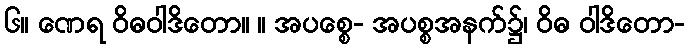
၆။ ဏေရ ဝိဓဝါဒိတော။ ။ အပစ္စေ- အပစ္စအနက်၌၊ ဝိဓ ဝါဒိတော-